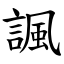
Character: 諷